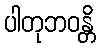
ပါတုဘဝန္တိ